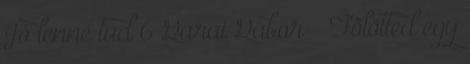
Jó lenne tud 6 Garai Gábor - Fölötted egy